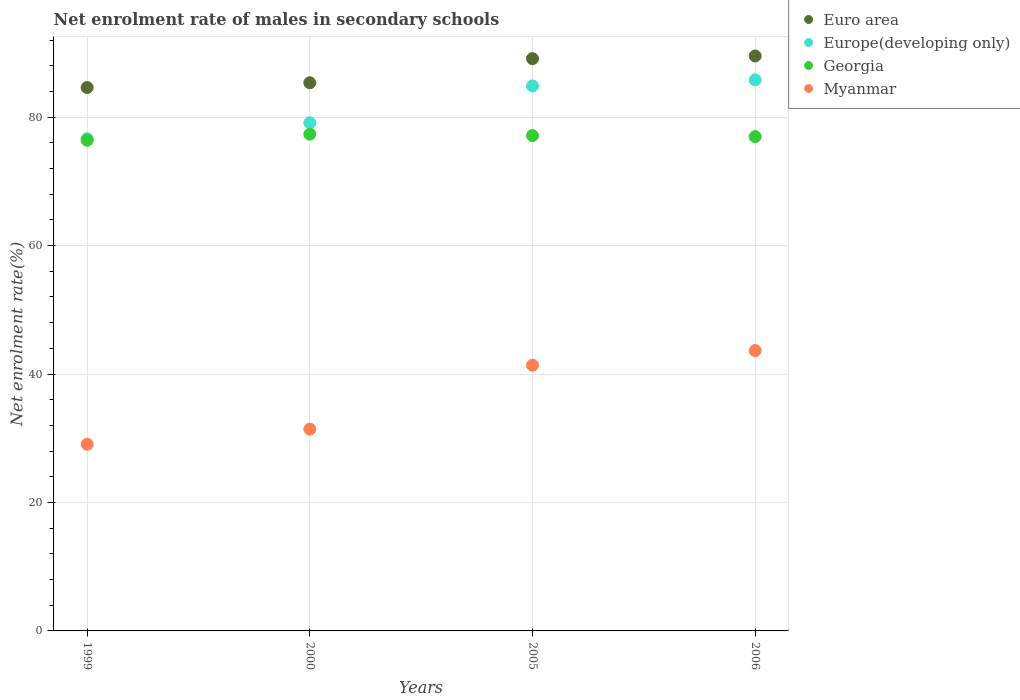
| Years | Euro area | Europe(developing only) | Georgia | Myanmar |
 | --- | --- | --- | --- | --- |
 | 1999 | 84.6 | 76.6 | 76.4 | 29.1 |
 | 2000 | 85.3 | 79.1 | 77.3 | 31.4 |
 | 2005 | 89.1 | 84.9 | 77.1 | 41.4 |
 | 2006 | 89.5 | 85.8 | 77 | 43.6 |